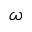
\omega